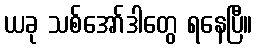
ယခု သစ်အော်ဒါတွေ ရနေပြီ။